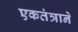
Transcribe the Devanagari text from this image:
एकतंत्राने